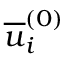
\overline { { u } } _ { i } ^ { ( 0 ) }